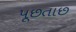
પૂછતાછ